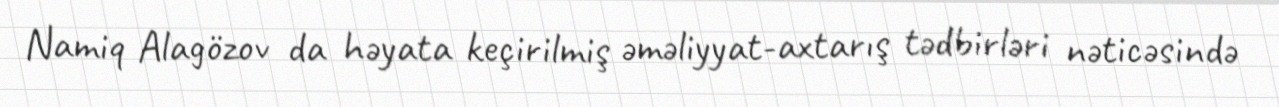
Namiq Alagözov da həyata keçirilmiş əməliyyat-axtarış tədbirləri nəticəsində